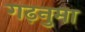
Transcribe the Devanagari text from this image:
गढ़नुमा